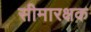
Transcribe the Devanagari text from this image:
सीमारक्षक